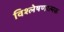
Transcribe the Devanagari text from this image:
विश्‍लेषणात्‍मक